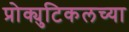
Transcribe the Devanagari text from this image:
प्रोक्युटिकलच्या